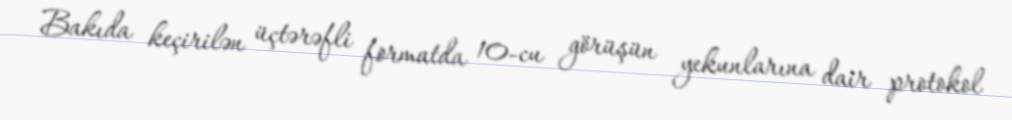
Bakıda keçirilən üçtərəfli formatda 10-cu görüşün yekunlarına dair protokol